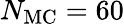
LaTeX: N_{\mathrm{MC}}=60